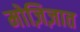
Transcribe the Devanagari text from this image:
मोज़िज़ात